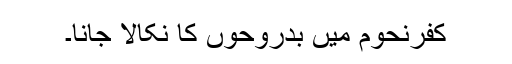
کفرنحوم میں بدروحوں کا نکالا جانا۔